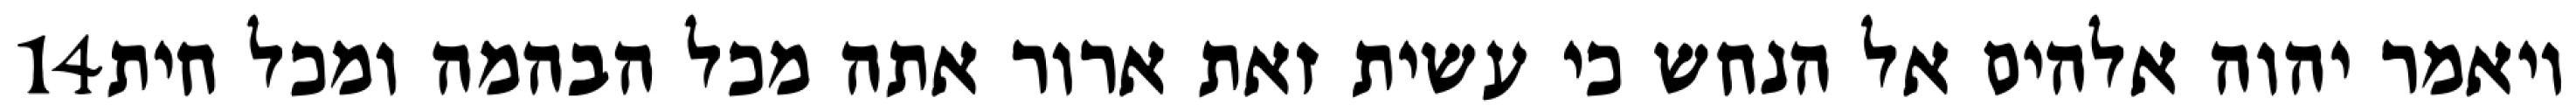
‎14‏ ויאמר יהוה אלהים אל הנחש כי עשית זאת ארור אתה מכל הבהמה ומכל חית